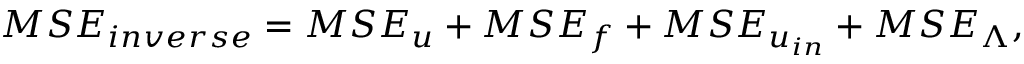
M S E _ { i n v e r s e } = M S E _ { u } + M S E _ { f } + M S E _ { u _ { i n } } + M S E _ { \boldsymbol { \Lambda } } ,